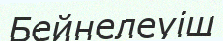
Бейнелеуіш